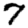
Digit: 7